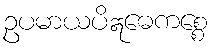
ဥပမာယပိဣဓေကစ္စေ